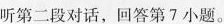
听第二段对话，回答第7小题。